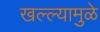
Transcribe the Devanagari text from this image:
खल्ल्यामुळे